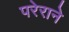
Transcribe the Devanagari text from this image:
परेराने